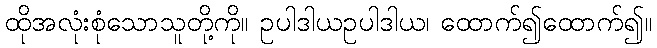
ထိုအလုံးစုံသောသူတို့ကို။ ဥပါဒါယဥပါဒါယ၊ ထောက်၍ထောက်၍။